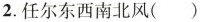
2.任尔东西南北风()